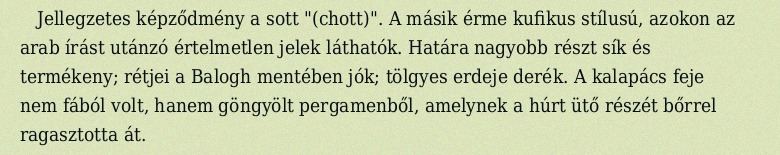
Jellegzetes képződmény a sott "(chott)". A másik érme kufikus stílusú, azokon az arab írást utánzó értelmetlen jelek láthatók. Határa nagyobb részt sík és termékeny; rétjei a Balogh mentében jók; tölgyes erdeje derék. A kalapács feje nem fából volt, hanem göngyölt pergamenből, amelynek a húrt ütő részét bőrrel ragasztotta át.